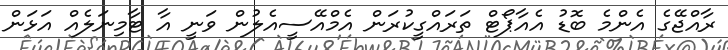
ރާއްޖޭގެ އެންމެ ބޮޑު އެއާޕޯޓް ތަރައްގީކުރަން އެމްއޭސީއެލުން ވަނީ އާ ޓާމިނަލެއް އަޅަން